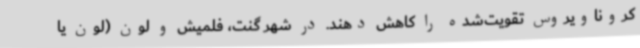
کروناویروس تقویت‌شده را کاهش دهند. در شهر گنت، فلمیش و لون (لون یا